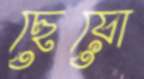
ছেয়ো